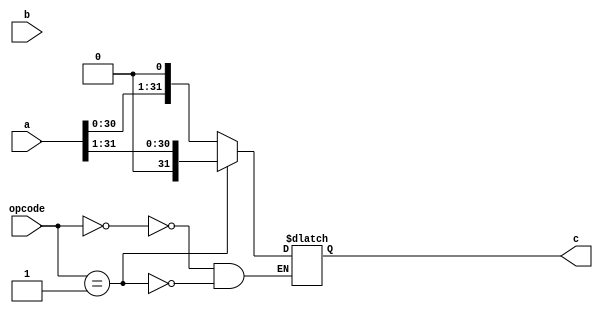
module alu(a,b,opcode,c);

output signed[31:0] c;
//output zero;
//output overflow;
//output neg;

input signed[31:0] a,b;
input[2:0] opcode;

reg[32:0] reg_C;
//reg zf;
//reg nf;
reg[31:0] reg_A, reg_B;


parameter  sla = 3'b000,
srai = 3'b001;


always @(a,b,opcode)
begin

reg_A = a;
reg_B = b;

case(opcode)

sla: // arith left shift
begin
reg_C={reg_A[30:0],1'b0};

end

srai: // arith right shift
begin
reg_C={reg_A[31:1]};
reg_A=reg_C;
end

endcase
end

assign c = reg_C[31:0];

endmodule